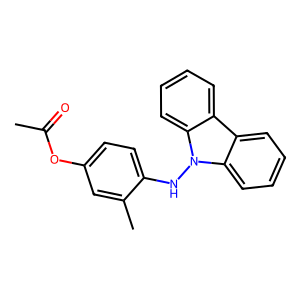
SMILES: CC(=O)Oc1ccc(Nn2c3ccccc3c3ccccc32)c(C)c1
Inhibits HIV replication: No